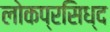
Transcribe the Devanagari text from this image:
लोकप्रसिध्द